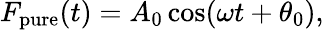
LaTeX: \begin{array}{r}{F_{\mathrm{pure}}(t)=A_{0}\cos(\omega t+\theta_{0}),}\end{array}